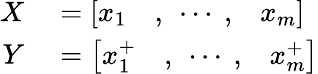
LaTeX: \begin{array}{rl}{X}&{{}=\left[\begin{array}{lll}{x_{1}}&{,~\cdots~,}&{x_{m}}\end{array}\right]}\\ {Y}&{{}=\left[\begin{array}{lll}{x_{1}^{+}}&{,~\cdots~,}&{x_{m}^{+}}\end{array}\right]}\end{array}